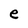
Character: e